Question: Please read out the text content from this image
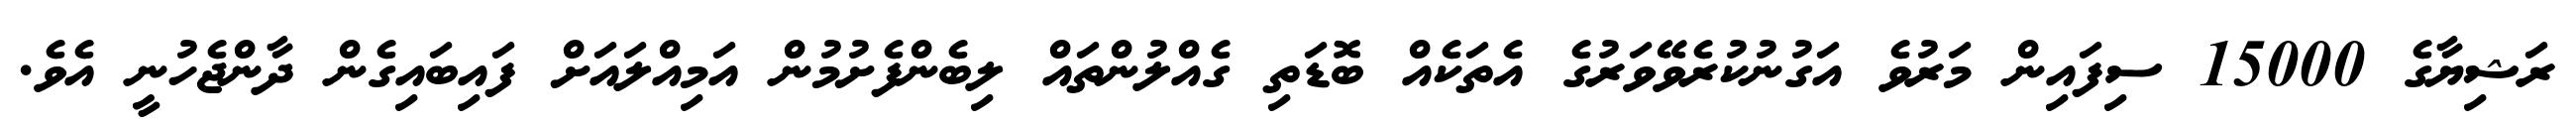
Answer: ރަޝިޔާގެ 15000 ސިފައިން މަރުވެ އަގުނުކުރެވޭވަރުގެ އެތަކެއް ބޮޑަތި ގެއްލުންތައް ލިބެންފެށުމުން އަމިއްލައަށް ފައިބައިގެން ދާންޖެހުނީ އެވެ.